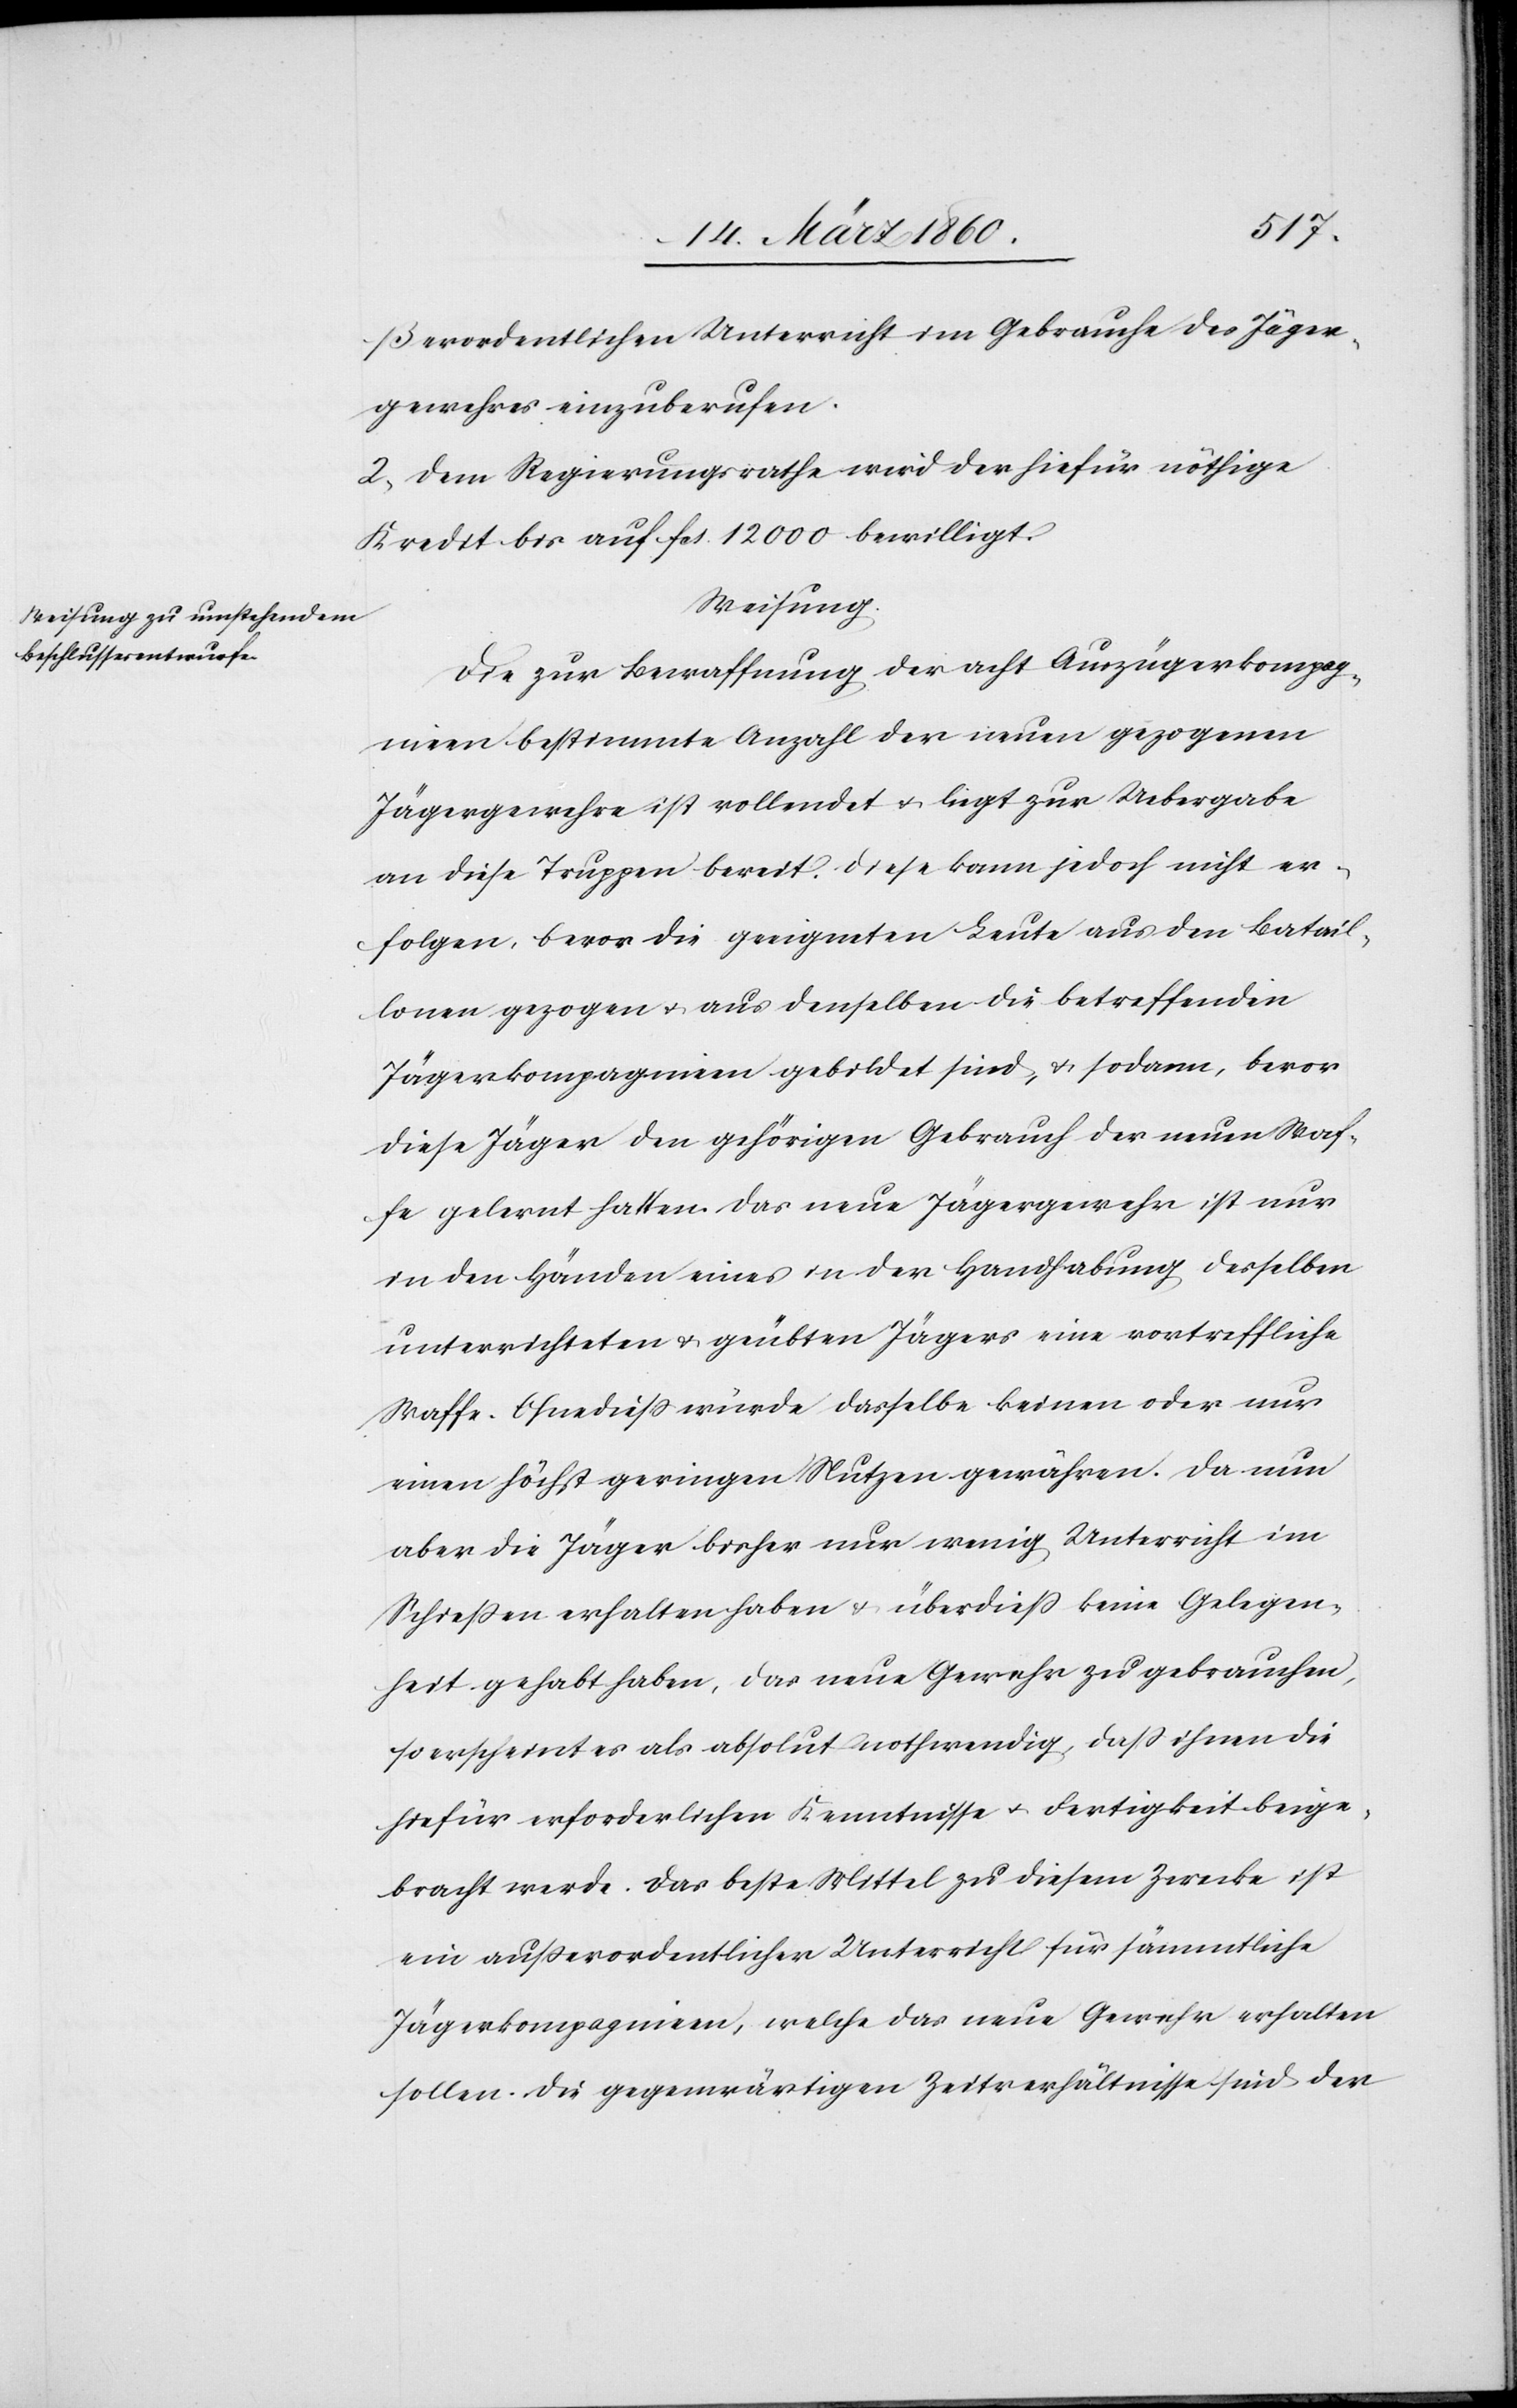
ßerordentlichen Unterricht im Gebrauche des Jäger¬
gewehres einzuberufen.
2. Dem Regierungsrathe wird der hiefür nöthige
Kredit bis auf fcs. 12 000 bewilligt.
Weisung.
Die zur Bewaffnung der acht Auszügerkompag¬
nien bestimmte Anzahl der neuen gezogenen
Jägergewehre ist vollendet u. liegt zur Uebergabe
an diese Truppen bereit. Diese kann jedoch nicht er¬
folgen, bevor die geeigneten Leute aus den Batail¬
lonen gezogen u. aus denselben die betreffenden
Jägerkompagnien gebildet sind, u. sodann, bevor
diese Jäger den gehörigen Gebrauch der neuen Straf¬
e gelernt hatten. Das neue Jägergewehr ist nur
in den Händen eines in der Handhabung desselben
unterrichteten u. geübten Jägers eine vortreffliche
Waffe. Ebendiess würde dasselbe keinen oder nur
einen höchst geringen Nutzen gewähren. Da nun
aber die Jäger bisher nur wenig Unterricht im
Schiessen erhalten haben u. überdiess keine Gelegen¬
heit gehabt haben, das neue Gewehr zu gebrauchen,
so erscheint es als absolut nothwendig, dass ihnen die
hiefür erforderlichen Kenntnisse u. Fertigkeit beige¬
bracht werde. Das beste Mittel zu diesem Zwecke ist
ein ausserordentlicher Unterricht für sämmtliche
Jägerkompagnien, welche das neue Gewehr erhalten
sollen. Die gegenwärtigen Zeitverhältnisse sind der